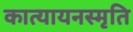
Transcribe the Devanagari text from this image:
कात्यायनस्मृति